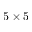
5 \times 5